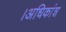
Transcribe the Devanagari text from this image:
।अधिकांश